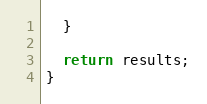
Language: JavaScript
  }

  return results;
}